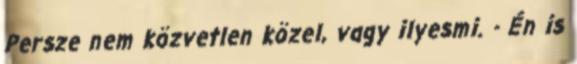
Persze nem közvetlen közel, vagy ilyesmi. - Én is